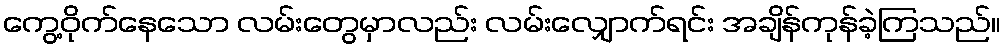
ကွေ့ဝိုက်နေသော လမ်းတွေမှာလည်း လမ်းလျှောက်ရင်း အချိန်ကုန်ခဲ့ကြသည်။